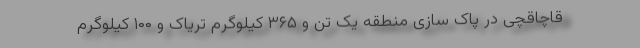
قاچاقچی در پاک سازی منطقه یک تن و ۳۶۵ کیلوگرم تریاک و ۱۰۰ کیلوگرم